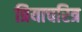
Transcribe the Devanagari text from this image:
त्रियाचरित्र